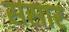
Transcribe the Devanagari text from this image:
ससार